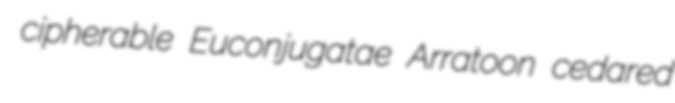
cipherable Euconjugatae Arratoon cedared